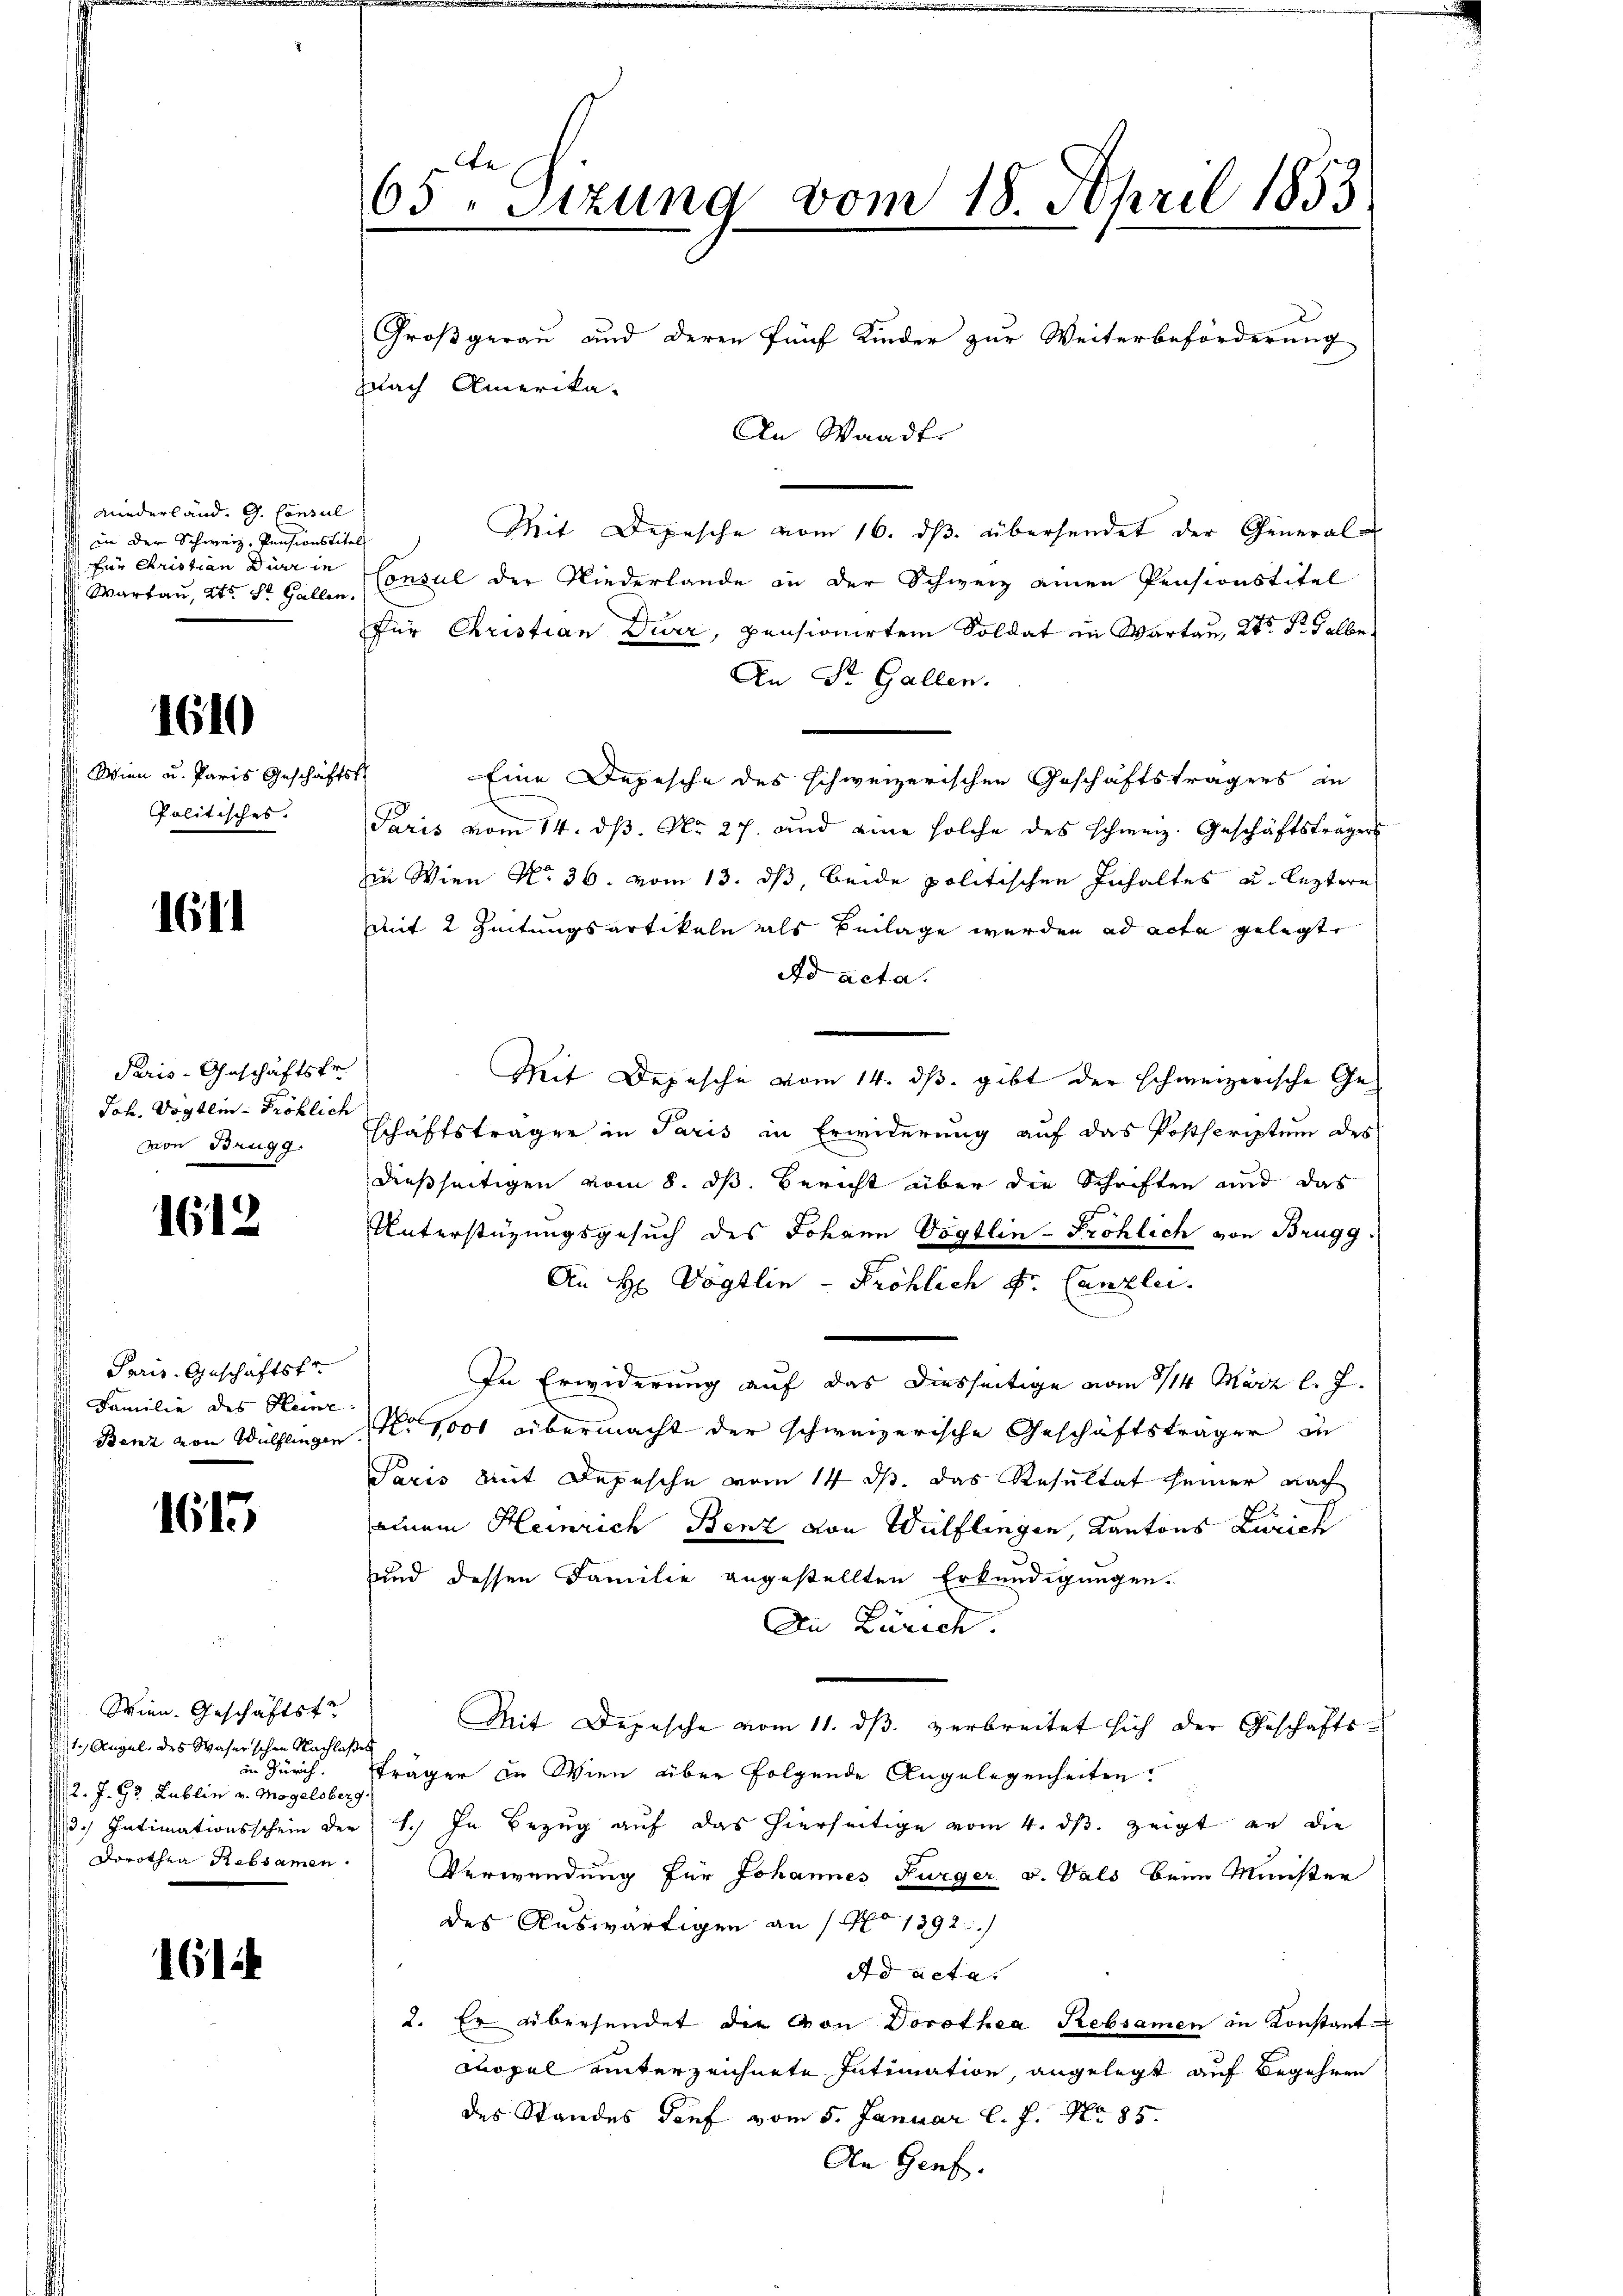
niederländ. G. Consul
in der Schweiz, Pensionstit
für Christian Dir in
Wartau, 2te St. Gallen

1610

Wien und Paris Geschäf
Politisches.

161

Paris-Geschäftsfr.
Jah. Vogtle - Fröhlich
von Brugg

1612

Paris-Geschäftsf
Familie des Heinz
Benz von Wülflingen

1613

Wien. Geschäftstr
1.) Angel, des Waser schon Nachlaßes
in Zürich.
2. J. G. Lublin v. Mögelsberg
3.) Intimationsschein der
Dorothea Rebsamen

161

65 Sizung vom 18. April 1853

Mit Depesche vom 16. ds. übersendet der General-
Consul der Niederlande an der Schweiz einen Pensionstitel
für Christian Duer, pensionirten Soldat in Wartau, Kt. Sr. Halbe¬
An St. Gallen.
Eine Depesche des schweizerischen Geschäftsträgers an
Paris vom 14. dβ. No. 27. und eine solche des schweiz. Geschäftsträgers
in Wien No 36. vom 13. ds, beide politischen Inhaltes u. leztere
mit 2 Zeitungsartikeln als Beilage werden ad acta gelegte
Ad acta.
Mit Depesche vom 14. ds. gibt der schweizerische Geschäftsträger in Paris in Erwiderung auf das Postscriptum des
dießseitigen vom 8. dß. Bericht aber die Schriften und das
Unterstüzungsgesuch des Johann Vögtlin-Fröhlich von Brugg.
An H. Vogtlin - Pröhlich Dr. Canzlei.
In Erwiderung auf das diesseitige vom 3/14 März l. J.
No 1000 übermacht der schweizerische Geschäftsträger in
Paris Mit Depesche vom 14. ds. das Resultat seiner nach
einem Heinrich Benz von Wülflingen, Kantons Zürich
und dessen Familie angestellten Erkundigungen.
An Zürich
Mit Depesche vom 11. dβ verbreitet sich der Geschäftsträger in Wien über folgende Angelegenheiten.
1.) In Bezug auf das hierseitige vom 4. ds. zeigt an die
Verwendung für Johannes Furger v. Vals beim Minister
des Auswärtigen an 1 No 1392.
Ad acta.
2. Er übersendet die von Dorothea Rebsamen in Konstant
Mopel unterzeichnete Intimation, angelegt auf Begehren
des Standes Dorf vom 5. Januar l. J. No 85
An Genf.

Großgerau und deren fünf Kinder zur Weiterbeförderung
Nach Amerika-
An Waadt